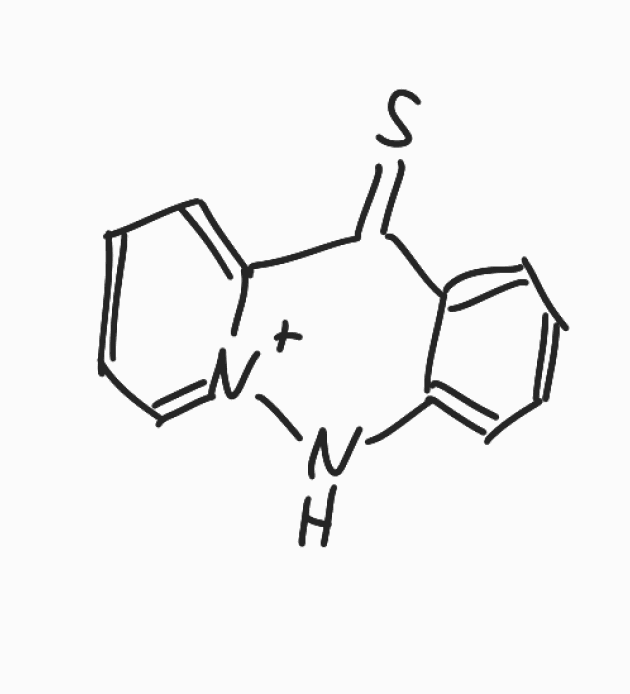
Simplified molecular-input line-entry system (SMILES) notation of the given molecule:
C1=CC=C2C(=C1)C(=S)C3=CC=CC=[N+]3N2